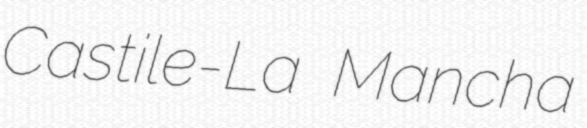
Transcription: Castile-La Mancha